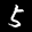
Label: 5